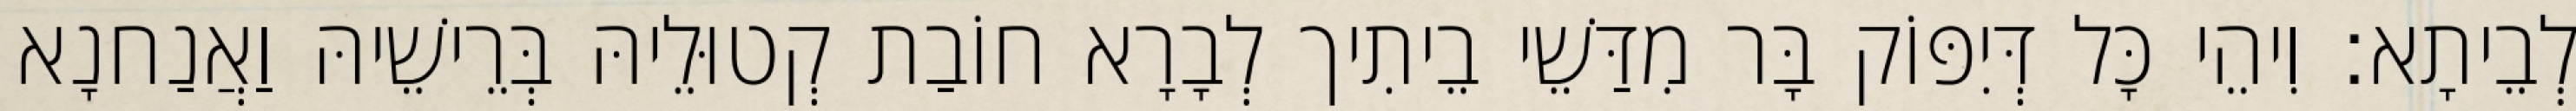
לְבֵיתָא׃ וִיהֵי כָּל דְּיִפּוֹק בָּר מִדַּשֵׁי בֵיתִיך לְבָרָא חוֹבַת קְטוּלֵיהּ בְּרֵישֵׁיהּ וַאֲנַחנָא